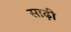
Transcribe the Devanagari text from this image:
साढ़ी